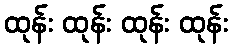
ထုန်း ထုန်း ထုန်း ထုန်း